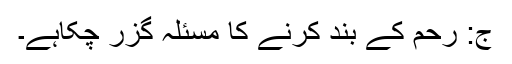
ج: رحم کے بند کرنے کا مسئلہ گزر چکاہے۔